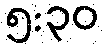
၅:၃၀